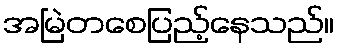
အမြဲတစေပြည့်နေသည်။